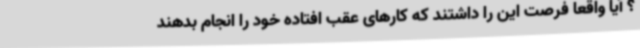
؟ آیا واقعا فرصت این را داشتند که کارهای عقب افتاده خود را انجام بدهند